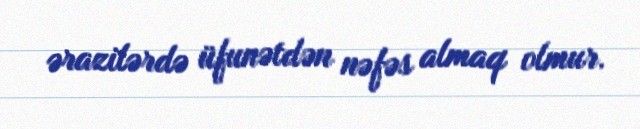
ərazilərdə üfunətdən nəfəs almaq olmur.